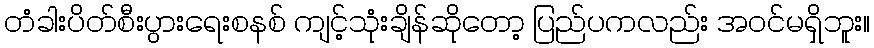
တံခါးပိတ်စီးပွားရေးစနစ် ကျင့်သုံးချိန်ဆိုတော့ ပြည်ပကလည်း အဝင်မရှိဘူး။